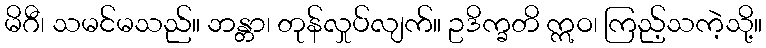
မိဂီ၊ သမင်မသည်။ ဘန္တာ၊ တုန်လှုပ်လျက်။ ဥဒိက္ခတိ ဣဝ၊ ကြည့်သကဲ့သို့။